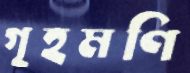
গৃহমণি